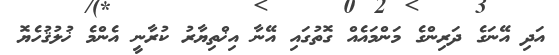
އަދި އޭނަގެ ދަރިންގެ މަންމައެއް ގޮތުގައި އޭނާ އިޚްތިޔާރު ކުރާނީ އެންމެ ޚުލުޤުހެޔޮ